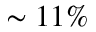
\sim 1 1 \%